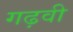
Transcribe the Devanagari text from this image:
गढ़वी